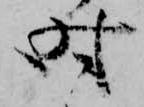
時